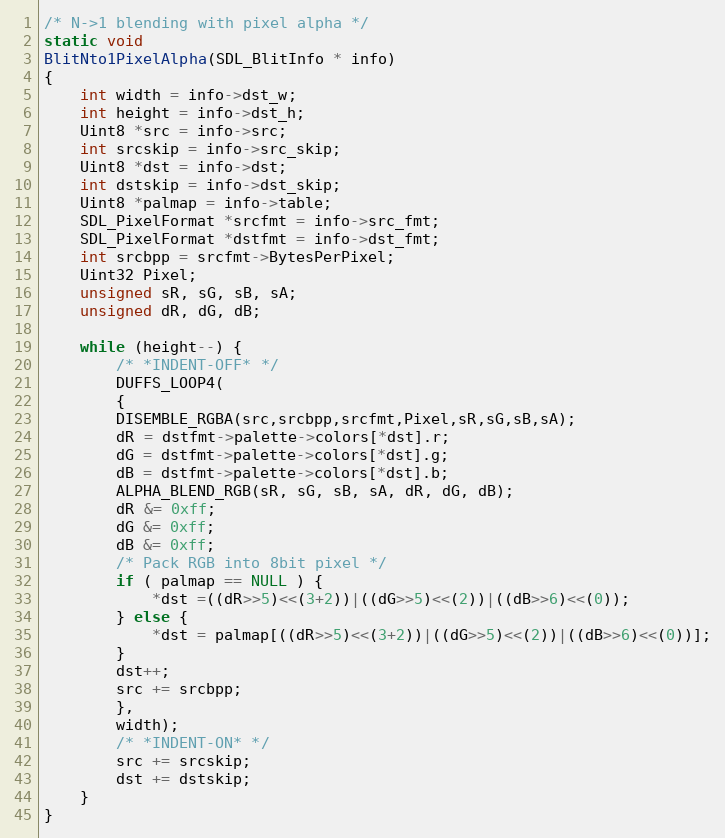
Language: C
/* N->1 blending with pixel alpha */
static void
BlitNto1PixelAlpha(SDL_BlitInfo * info)
{
    int width = info->dst_w;
    int height = info->dst_h;
    Uint8 *src = info->src;
    int srcskip = info->src_skip;
    Uint8 *dst = info->dst;
    int dstskip = info->dst_skip;
    Uint8 *palmap = info->table;
    SDL_PixelFormat *srcfmt = info->src_fmt;
    SDL_PixelFormat *dstfmt = info->dst_fmt;
    int srcbpp = srcfmt->BytesPerPixel;
    Uint32 Pixel;
    unsigned sR, sG, sB, sA;
    unsigned dR, dG, dB;

    while (height--) {
	    /* *INDENT-OFF* */
	    DUFFS_LOOP4(
	    {
		DISEMBLE_RGBA(src,srcbpp,srcfmt,Pixel,sR,sG,sB,sA);
		dR = dstfmt->palette->colors[*dst].r;
		dG = dstfmt->palette->colors[*dst].g;
		dB = dstfmt->palette->colors[*dst].b;
		ALPHA_BLEND_RGB(sR, sG, sB, sA, dR, dG, dB);
		dR &= 0xff;
		dG &= 0xff;
		dB &= 0xff;
		/* Pack RGB into 8bit pixel */
		if ( palmap == NULL ) {
		    *dst =((dR>>5)<<(3+2))|((dG>>5)<<(2))|((dB>>6)<<(0));
		} else {
		    *dst = palmap[((dR>>5)<<(3+2))|((dG>>5)<<(2))|((dB>>6)<<(0))];
		}
		dst++;
		src += srcbpp;
	    },
	    width);
	    /* *INDENT-ON* */
        src += srcskip;
        dst += dstskip;
    }
}